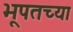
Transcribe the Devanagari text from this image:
भूपतच्या